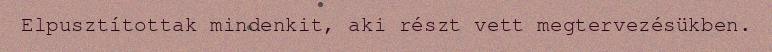
Elpusztítottak mindenkit, aki részt vett megtervezésükben.